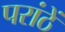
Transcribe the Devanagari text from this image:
परांठें